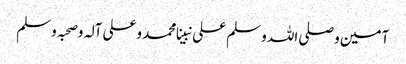
آمین وصلی اللہ وسلم علی نبینا محمد وعلی آلہ وصحبہ وسلم